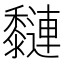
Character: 𪐍